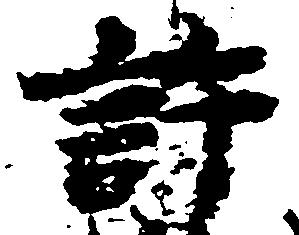
許